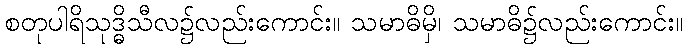
စတုပါရိသုဒ္ဓိသီလ၌လည်းကောင်း။ သမာဓိမှိ၊ သမာဓိ၌လည်းကောင်း။